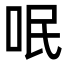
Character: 呡